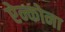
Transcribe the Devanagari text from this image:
ऐन्कोना